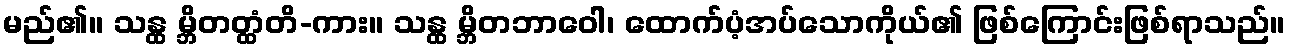
မည်၏။ သန္ထ မ္ဘိတတ္ထံတိ-ကား။ သန္ထ မ္ဘိတဘာဝေါ၊ ထောက်ပံ့အပ်သောကိုယ်၏ ဖြစ်ကြောင်းဖြစ်ရာသည်။